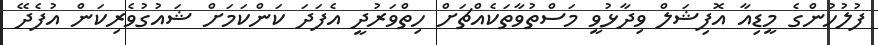
ފުލުހުންގެ މީޑިއާ އޮފިޝަލް ވިދާޅުވީ މަސްތުވާތަކެއްޗަށް ހިތްވަރުދީ އެފަދަ ކަންކަމަށް ޝައުގުވެރިކަން އުފެދޭ